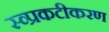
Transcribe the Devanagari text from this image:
स्व्प्रकटीकरण